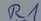
Text: R1